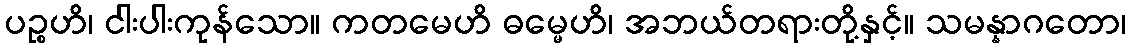
ပဉ္စဟိ၊ ငါးပါးကုန်သော။ ကတမေဟိ ဓမ္မေဟိ၊ အဘယ်တရားတို့နှင့်။ သမန္နာဂတော၊